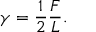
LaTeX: \gamma = { \frac { 1 } { 2 } } { \frac { F } { L } } .